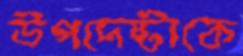
উপদেষ্টাকে